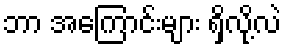
ဘာ အကြောင်းများ ရှိလို့လဲ